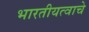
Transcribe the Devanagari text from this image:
भारतीयत्वाचे